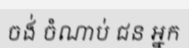
ចង់ ចំណាប់ ជន អ្នក